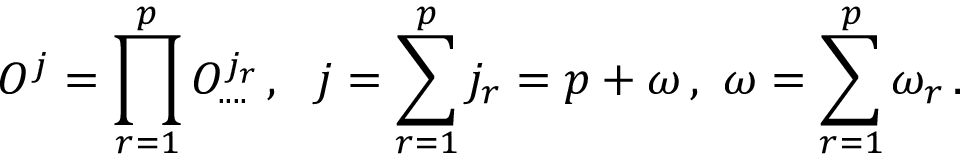
O ^ { j } = \prod _ { r = 1 } ^ { p } O _ { . . . . } ^ { j _ { r } } \, , \, \, \, \, j = \sum _ { r = 1 } ^ { p } j _ { r } = p + \omega \, , \, \, \omega = \sum _ { r = 1 } ^ { p } \omega _ { r } \, .